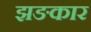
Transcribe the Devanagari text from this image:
झङकार